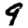
Digit: 9